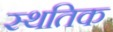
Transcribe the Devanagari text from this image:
स्थतिक